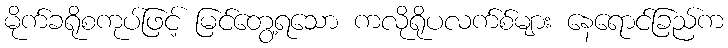
မိုက်ခရိုစကုပ်ဖြင့် မြင်တွေ့ရသော ကလိုရိုပလက်စ်များ နေရောင်ခြည်က